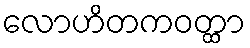
လောဟိတကဝတ္ထာ